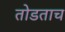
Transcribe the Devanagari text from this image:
तोडताच